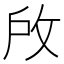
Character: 𢼄